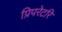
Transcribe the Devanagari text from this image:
प्रिपरेटरि